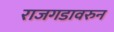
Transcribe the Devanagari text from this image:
राजगडावरुन